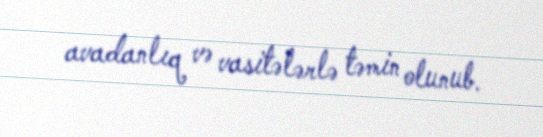
avadanlıq və vasitələrlə təmin olunub.